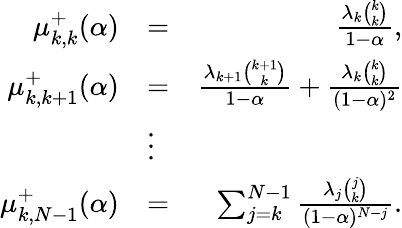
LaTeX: \begin{array}{rlr}{\mu_{k,k}^{+}(\alpha)}&{=}&{\frac{\lambda_{k}{\binom{k}{k}}}{1-\alpha},}\\ {\mu_{k,k+1}^{+}(\alpha)}&{=}&{\frac{\lambda_{k+1}{\binom{k+1}{k}}}{1-\alpha}+\frac{\lambda_{k}{\binom{k}{k}}}{(1-\alpha)^{2}}}\\ &{\vdots}&\\ {\mu_{k,N-1}^{+}(\alpha)}&{=}&{\sum_{j=k}^{N-1}\frac{\lambda_{j}{\binom{j}{k}}}{(1-\alpha)^{N-j}}.}\end{array}